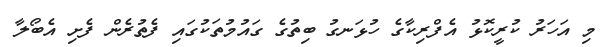
މި އަހަރު ކުރީކޮޅު އެފްރިކާގެ ހުޅަނގު ބިތުގެ ގައުމުތަކުގައި ފެތުރެން ފެށި އެބޯލާ